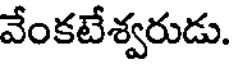
వేంకటేశ్వరుడు.